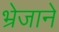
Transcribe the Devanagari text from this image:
भ्रेजाने